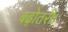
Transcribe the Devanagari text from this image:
बढ़ोतरी।